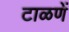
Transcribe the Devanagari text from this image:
टाळणें